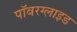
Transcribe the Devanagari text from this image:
पॉवरग्लाइड